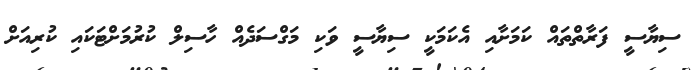
ސިޔާސީ ފަރާތްތައް ކަމަށާއި އެކަމަކީ ސިޔާސީ ވަކި މަގްސަދެއް ހާސިލް ކުރުމަށްޓަކައި ކުރިއަށް